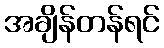
အချိန်တန်ရင်